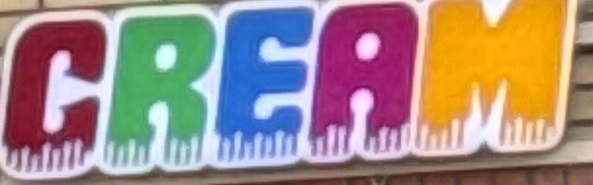
CREAM